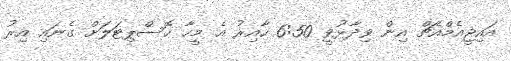
އައިޖީއެމްއެޗް އިން ވިދާޅުވީ 6:50 ހާއިރު އެ މީހާ ހޮސްޕިޓަލަށް ގެނައި އިރު